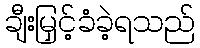
ချီးမြှင့်ခံခဲ့ရသည်